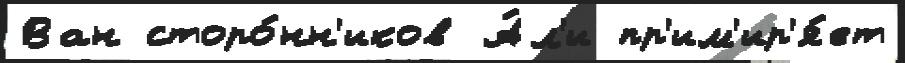
Ван сторо́нн'иков А́л'и пр'им'ир'я́ет